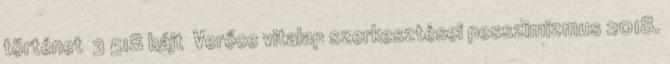
történet ‎ 3 518 bájt ‎Verőce vitalap szerkesztései pesszimizmus 2018.